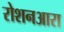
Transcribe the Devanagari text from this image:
रोशनआरा